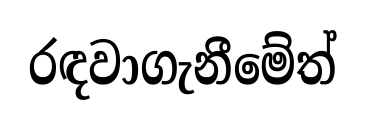
රඳවාගැනීමේත්